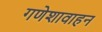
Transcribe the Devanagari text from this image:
गणेशावाहन